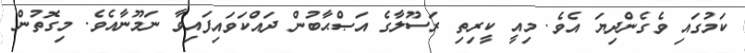
ކަމުގައި ވެގެންދިޔަ އެވެ. މިއީ ކީރިތި ރަސޫލާގެ އަޞްޙާބުން ދައްކަވައިފައިވާ ނަމޫނާއެވެ. މިގޮތުން